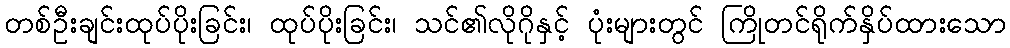
တစ်ဦးချင်းထုပ်ပိုးခြင်း၊ ထုပ်ပိုးခြင်း၊ သင်၏လိုဂိုနှင့် ပုံးများတွင် ကြိုတင်ရိုက်နှိပ်ထားသော